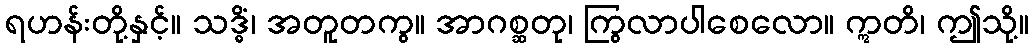
ရဟန်းတို့နှင့်။ သဒ္ဓိံ၊ အတူတကွ။ အာဂစ္ဆတု၊ ကြွလာပါစေလော။ ဣတိ၊ ဤသို့။